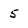
Character: 5